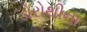
ડોરોથીના